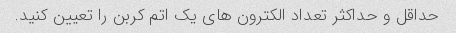
حداقل و حداکثر تعداد الکترون های یک اتم کربن را تعیین کنید.